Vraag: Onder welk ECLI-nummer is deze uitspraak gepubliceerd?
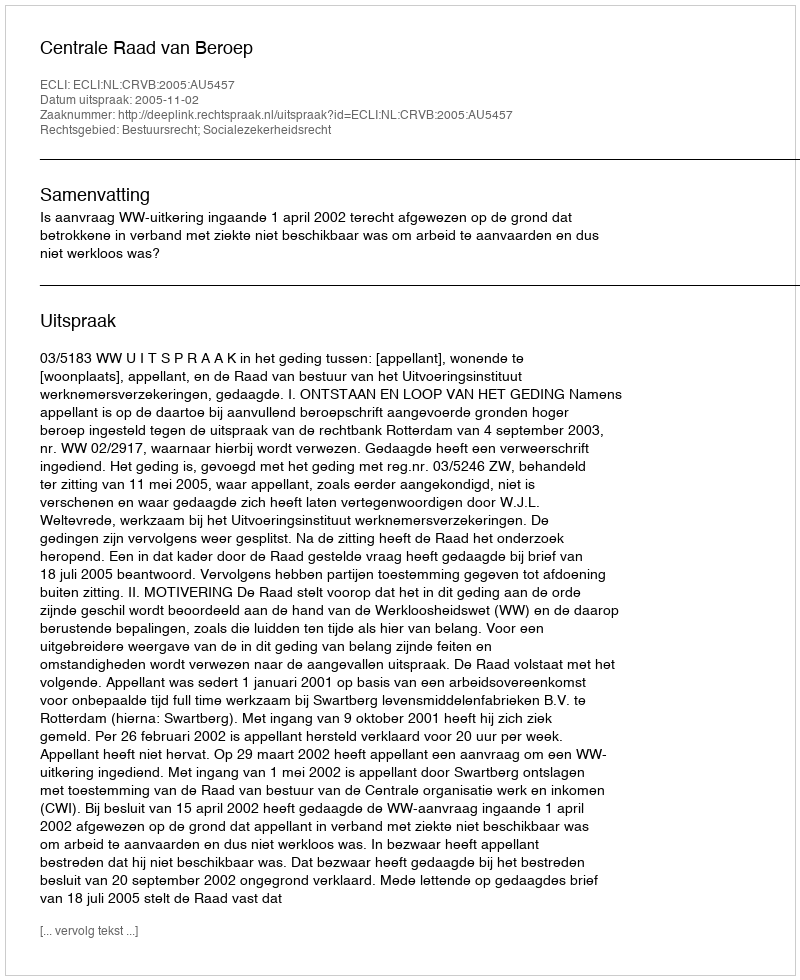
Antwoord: ECLI:NL:CRVB:2005:AU5457